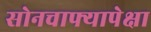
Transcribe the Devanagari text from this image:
सोनचाफ्यापेक्षा